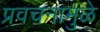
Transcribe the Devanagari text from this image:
प्रवचनामुळे